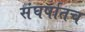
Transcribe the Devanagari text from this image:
संघर्षातच